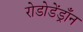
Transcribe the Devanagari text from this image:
रोडोडेंड्राँन